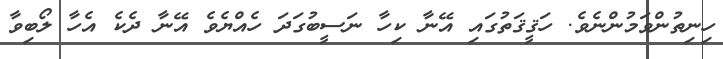
ހިނިތުންވަމުންނެވެ. ހަޤީޤަތުގައި އޭނާ ކިހާ ނަސީބުގަދަ ހެއްޔެވެ އޭނާ ދެކެ އެހާ ލޯބިވާ